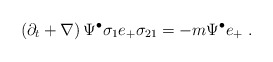
\begin{align*}\left( \partial_t + \nabla \right) \Psi^{\bullet} \sigma_{1} e_+ \sigma_{21}= - m \Psi^{\bullet} e_+~.\end{align*}